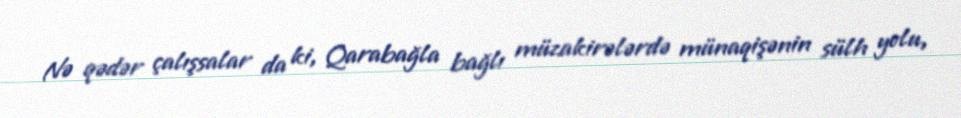
Nə qədər çalışsalar da ki, Qarabağla bağlı müzakirələrdə münaqişənin sülh yolu,